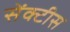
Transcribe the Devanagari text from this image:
सेंक्टीस